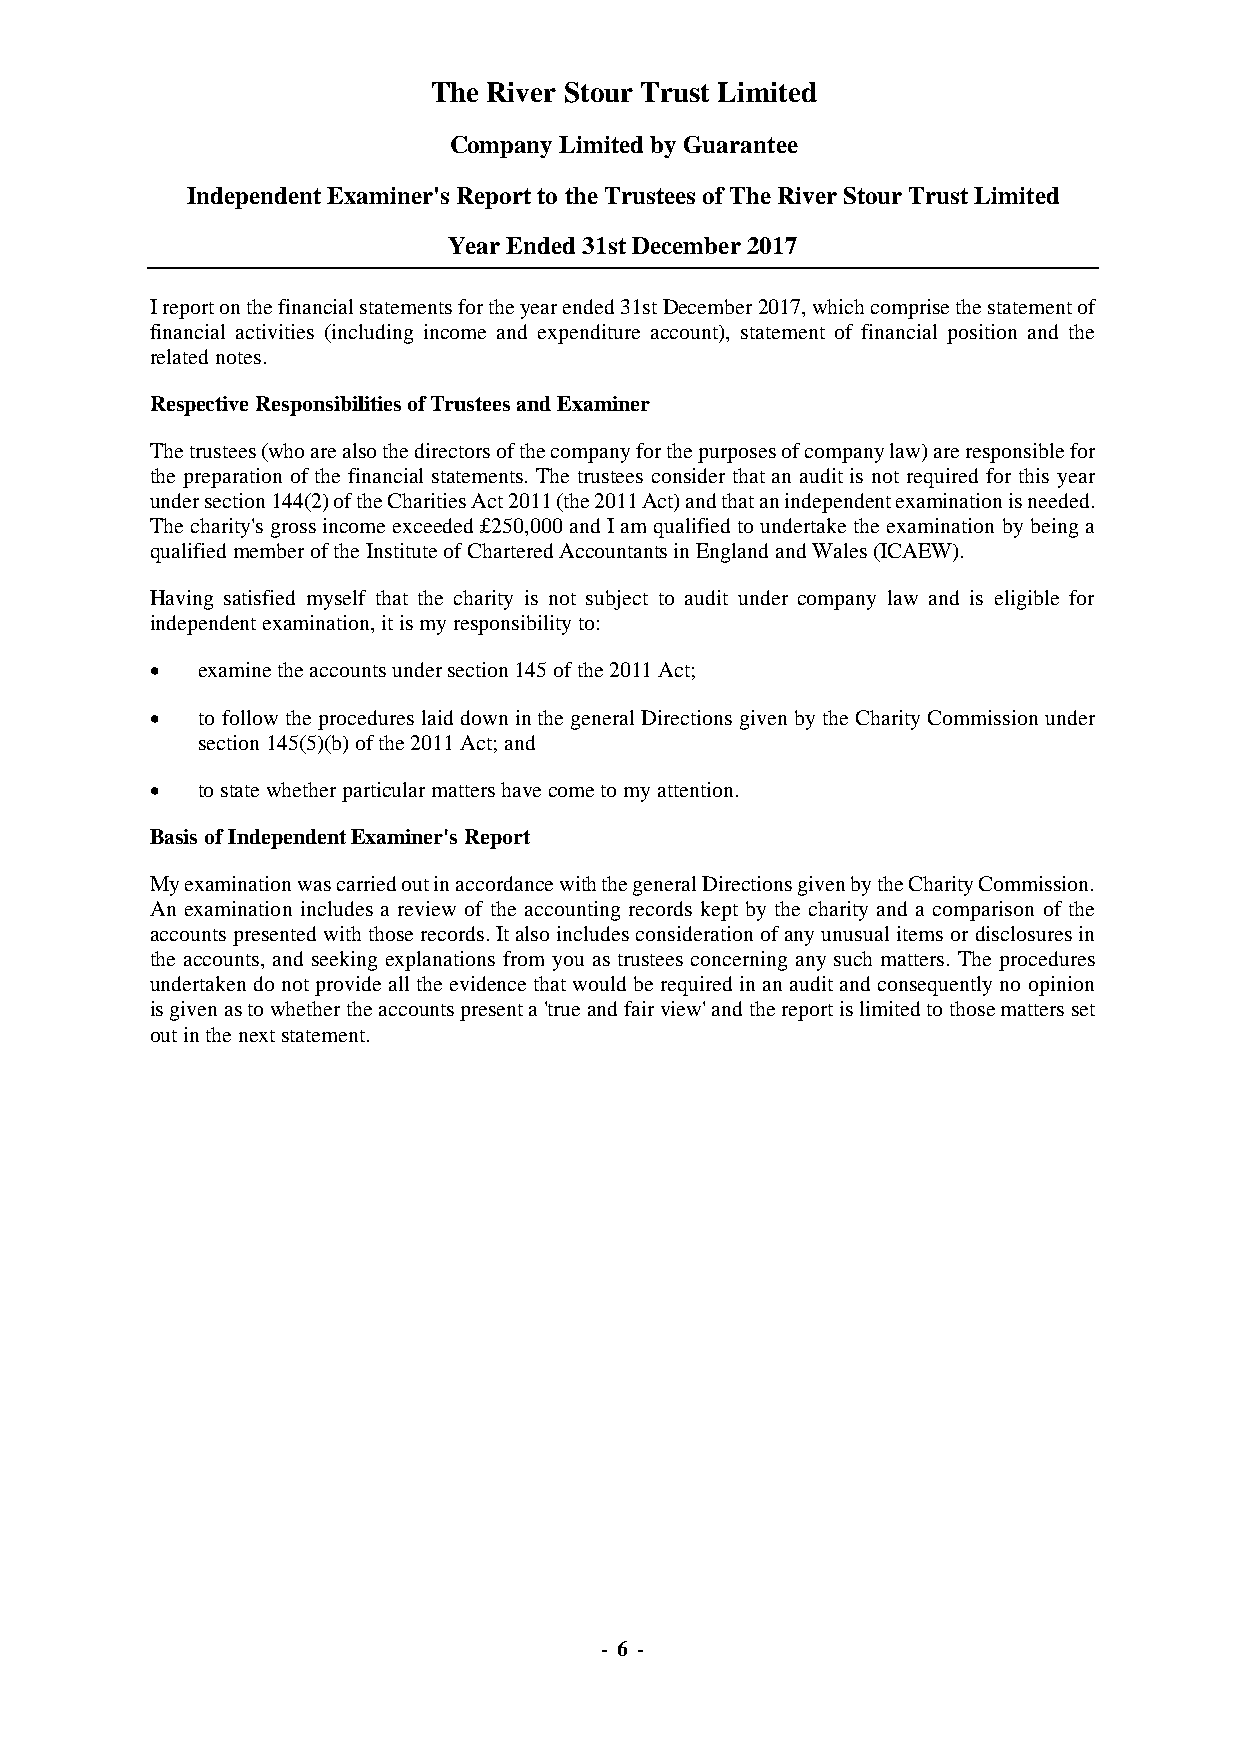
The River Stour Trust Limited
 Company Limited by Guarantee
 Independent Examiner's Report to the Trustees of The River Stour Trust Limited
 Year Ended 31st December 2017
 I report on the financial statements for the year ended 31st December 2017, which comprise the statement of
 financial activities (including income and expenditure account), statement of financial position and the
 related notes.
 Respective Responsibilities of Trustees and Examiner
 The trustees (who are also the directors of the company for the purposes of company law) are responsible for
 the preparation of the financial statements. The trustees consider that an audit is not required for this year
 under section 144(2) of the Charities Act 2011 (the 2011 Act) and that an independent examination is needed.
 The charity's gross income exceeded £250,000 and I am qualified to undertake the examination by being a
 qualified member of the Institute of Chartered Accountants in England and Wales (ICAEW).
 Having satisfied myself that the charity is not subject to audit under company law and is eligible for
 independent examination, it is my responsibility to:
 •  examine the accounts under section 145 of the 2011 Act;
 •  to follow the procedures laid down in the general Directions given by the Charity Commission under
 section 145(5)(b) of the 2011 Act; and
 •  to state whether particular matters have come to my attention.
 Basis of Independent Examiner's Report
 My examination was carried out in accordance with the general Directions given by the Charity Commission.
 An examination includes a review of the accounting records kept by the charity and a comparison of the
 accounts presented with those records. It also includes consideration of any unusual items or disclosures in
 the accounts, and seeking explanations from you as trustees concerning any such matters. The procedures
 undertaken do not provide all the evidence that would be required in an audit and consequently no opinion
 is given as to whether the accounts present a 'true and fair view' and the report is limited to those matters set
 out in the next statement.
 - 6 -